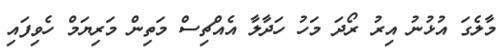
މާލެގަ އުޅުނު އިރު ރޯދަ މަހު ހަދާލާ އެއްޗިސް މަތިން މަރިޔަމް ހެވިފައި